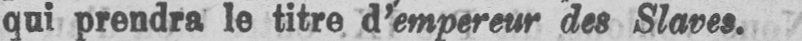
qui prendra le titre d’empereur des Slaves.